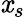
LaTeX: \mathit{x}_{s}